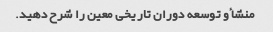
منشأ و توسعه دوران تاریخی معین را شرح دهید.